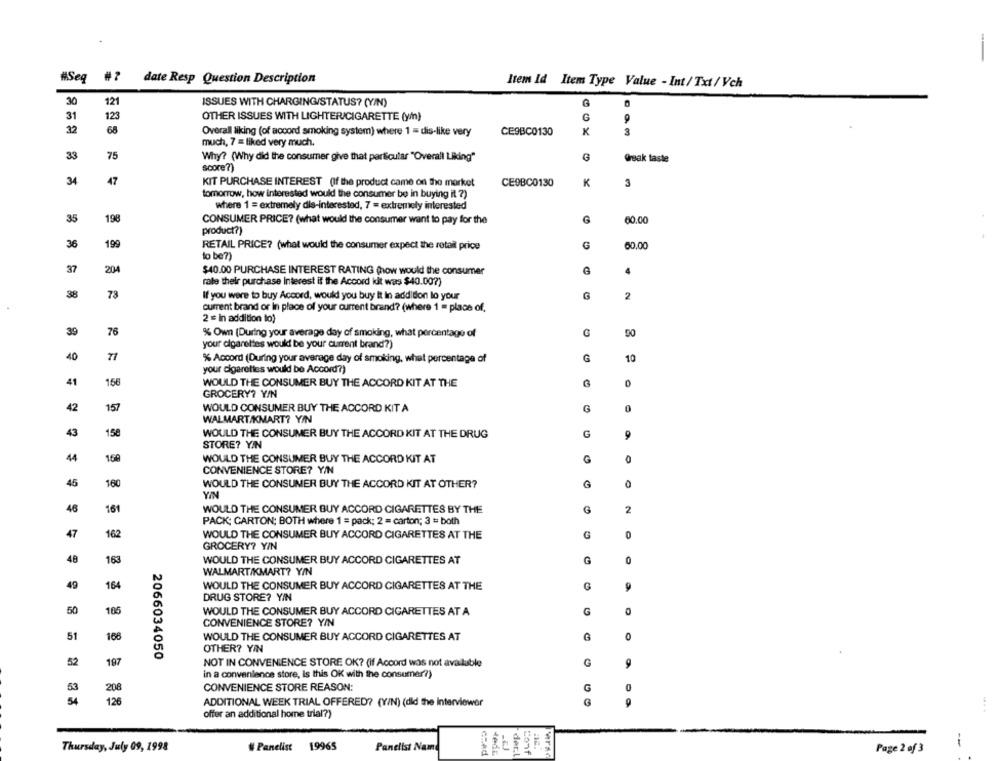
-
#Seq
date Resp Question Description
Item Id Item Type Value - Int/ Txt / Vch
30
12
ISSUES WITH CHARGING/STATUS? (Y/N)
G
31
123
OTHER ISSUES WITH LIGHTER/CIGARETTE (y/n)
32
68
Overall liking (of accord smoking system) where 1 = dis-like very
CE9BC0130
3
much, 7 = liked very much.
33
75
Why? (Why did the consumer give that particular "Overall Liking"
G
Wrak taste
score?)
34
47
KIT PURCHASE INTEREST (If the product came on the market
CE9BC0130
K
3
tomorrow, how interested would the consumer be in buying it ?)
where 1 = extremely dis-interested, 7 = extremely interested
35
198
CONSUMER PRICE? (what would the consumer want to pay for the
60.00
product?)
36
199
G
RETAIL PRICE? (what would the consumer expect the retail price
60.00
to be?)
37
204
$40.00 PURCHASE INTEREST RATING (how would the consumer
rate their purchase interest if the Accord idt was $40.007)
38
78
If you were to buy Accord, would you buy It In addition lo your
G
2
current brand or In place of your current brand? (where 1 = place of,
2 = in addition to)
39
76
% Own (During your average day of smoking, what percentage of
50
your cigarettes would be your current brand?)
40
71
% Accord (During your average day of smoking, what percentage of
G
10
your cigarettes would be Accord?)
156
WOULD THE CONSUMER BUY THE ACCORD KIT AT THE
GROCERY? Y/N
42
157
WOULD CONSUMER BUY THE ACCORD KIT A
G
0
WALMART/KMART? Y/N
43
150
WOULD THE CONSUMER BUY THE ACCORD KIT AT THE DRUG
G
9
STORE? YIN
WOULD THE CONSUMER BUY THE ACCORD KIT AT
CONVENIENCE STORE? Y/N
45
WOULD THE CONSUMER BUY THE ACCORD KIT AT OTHER?
YIN
46
161
WOULD THE CONSUMER BUY ACCORD CIGARETTES BY THE
G
2
PACK: CARTON; BOTH where 1 = pack; 2 = carton; 3 == both
47
162
WOULD THE CONSUMER BUY ACCORD CIGARETTES AT THE
G
GROCERY? Y/N
48
163
WOULD THE CONSUMER BUY ACCORD CIGARETTES AT
G
0
WALMART/KMART? Y/N
49
164
WOULD THE CONSUMER BUY ACCORD CIGARETTES AT THE
DRUG STORE? YIN
50
WOULD THE CONSUMER BUY ACCORD CIGARETTES AT A
G
CONVENIENCE STORE? Y/N
51
166
WOULD THE CONSUMER BUY ACCORD CIGARETTES AT
0
OTHER? YIN
2066034050
197
NOT IN CONVENIENCE STORE OK? (if Accord was not available
G
9
52
in a convenience store, is this OK with the consumer?)
53
208
CONVENIENCE STORE REASON:
G
54
128
ADDITIONAL WEEK TRIAL OFFERED? (Y/N) (did the Interviewer
G
offer an additional home trial?)
Thursday, July 09, 1998
Panelist
19965
Panelist Nam
1
CEAd
der.
Conf
Page 2 of 3